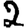
Digit: 2